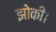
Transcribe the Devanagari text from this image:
झोकी।